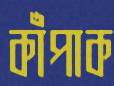
কাঁপাক